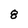
Character: 8